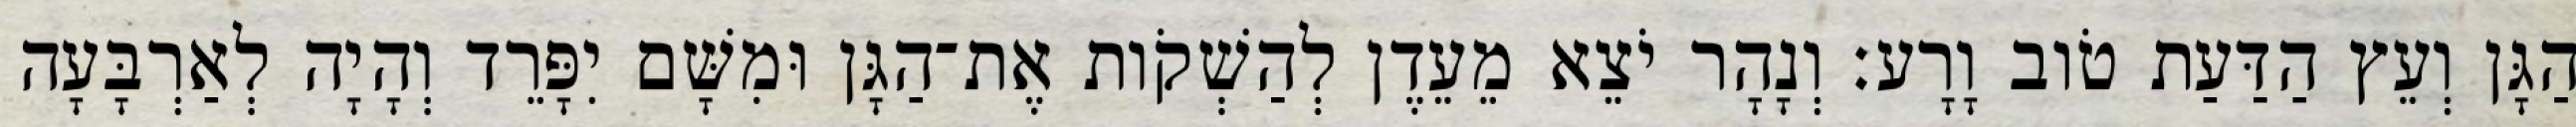
הַגָּן וְעֵץ הַדַּעַת טֹוב וָרָע׃ וְנָהָר יֹצֵא מֵעֵדֶן לְהַשְׁקֹות אֶת־הַגָּן וּמִשָּׁם יִפָּרֵד וְהָיָה לְאַרְבָּעָה